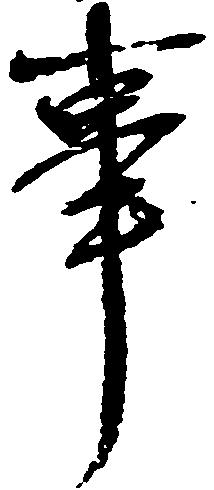
事